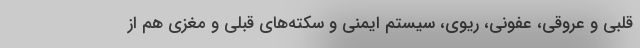
قلبی و عروقی، عفونی، ریوی، سیستم ایمنی و سکته‌های قبلی و مغزی هم از